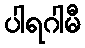
ပါရဂါမီ